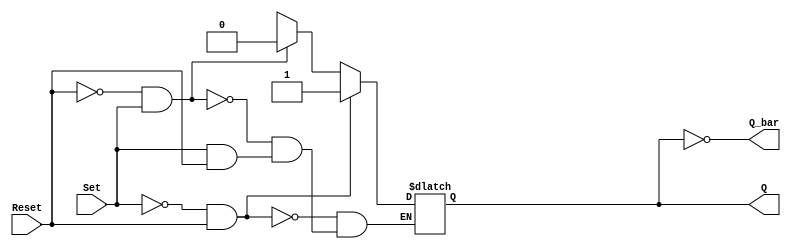
module sr_ff(input Set, input Reset, output Q, output Q_bar);
    reg Q;

    always @(Set, Reset)
    begin
        if (Set == 0 && Reset == 1) // Set condition
            Q <= 1;
        else if (Reset == 0 && Set == 1) // Reset condition
            Q <= 0;
        else if (Set == 1 && Reset == 1) // Hold condition
            Q <= Q;
        else // Undefined state
            Q <= x; // x represents an unknown state
    end

    assign Q_bar = ~Q;
endmodule